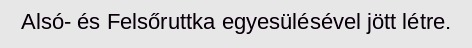
Alsó- és Felsőruttka egyesülésével jött létre.